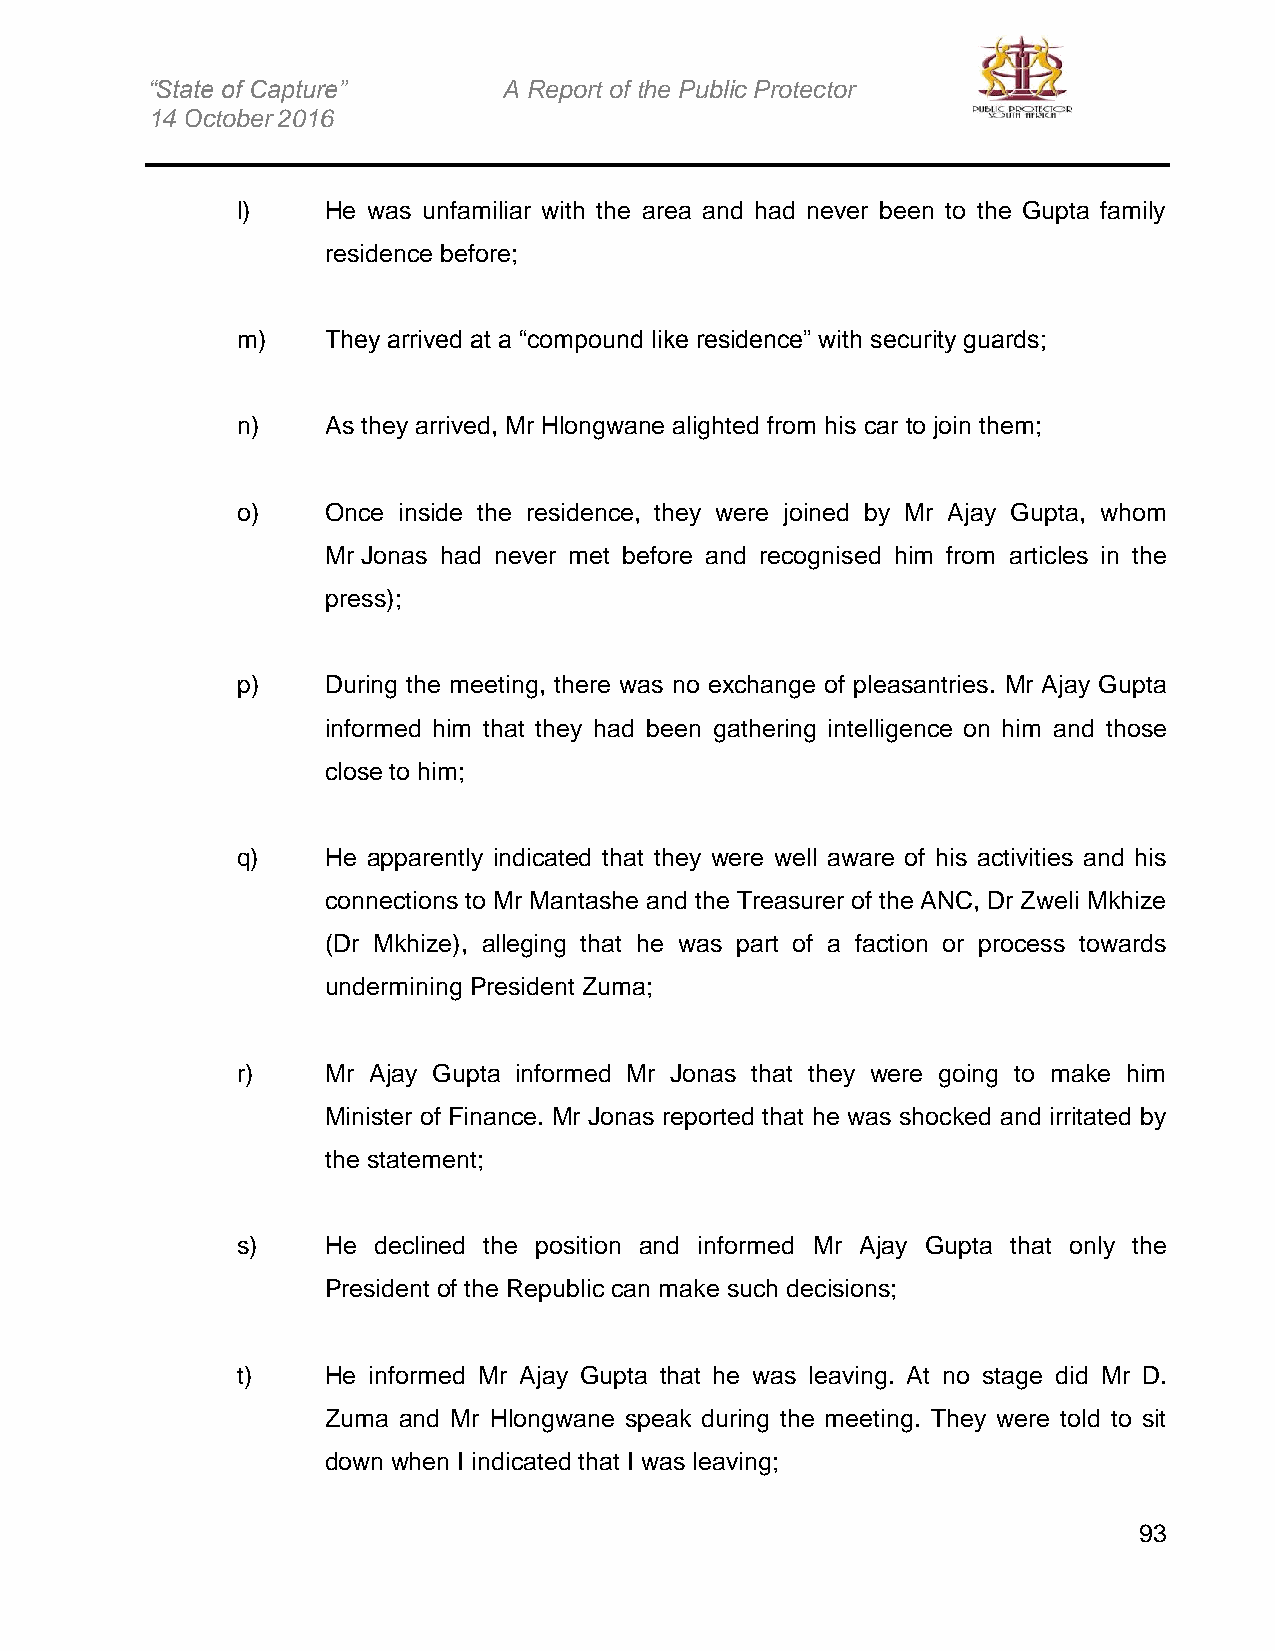
“State of Capture”     A Report of the Public Protector
 14 October 2016
 l)    He was unfamiliar with the area and had never been to the Gupta family
 residence before;
 m)    They arrived at a “compound like residence” with security guards;
 n)    As they arrived, Mr Hlongwane alighted from his car to join them;
 o)    Once inside the residence, they were joined by Mr Ajay Gupta, whom
 Mr Jonas had never met before and recognised him from articles in the
 press);
 p)    During the meeting, there was no exchange of pleasantries. Mr Ajay Gupta
 informed him that they had been gathering intelligence on him and those
 close to him;
 q)    He apparently indicated that they were well aware of his activities and his
 connections to Mr Mantashe and the Treasurer of the ANC, Dr Zweli Mkhize
 (Dr Mkhize), alleging that he was part of a faction or process towards
 undermining President Zuma;
 r)    Mr Ajay Gupta informed Mr Jonas that they were going to make him
 Minister of Finance. Mr Jonas reported that he was shocked and irritated by
 the statement;
 s)    He declined the position and informed Mr Ajay Gupta that only the
 President of the Republic can make such decisions;
 t)    He informed Mr Ajay Gupta that he was leaving. At no stage did Mr D.
 Zuma and Mr Hlongwane speak during the meeting. They were told to sit
 down when I indicated that I was leaving;
 93